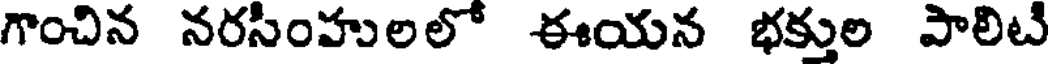
గాంచిన నరసింహులలో ఈయన భక్తుల పాలిటి